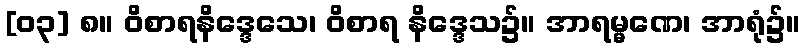
[၀၃] ၈။ ဝိစာရနိဒ္ဒေသေ၊ ဝိစာရ နိဒ္ဒေသ၌။ အာရမ္မဏေ၊ အာရုံ၌။